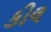
કીલ